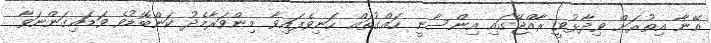
އޭނާ އިތުރަށް ވިދާޅުވީ ރާއްޖޭގައި އިންސާނީ ހައްގުތައް ހަނިވެފައިވާ މިންވަރާމެދު ކަންބޮޑުވެ ވަޑައިގަންނަވާ